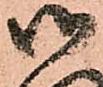
御